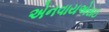
એનવાયએસઇ